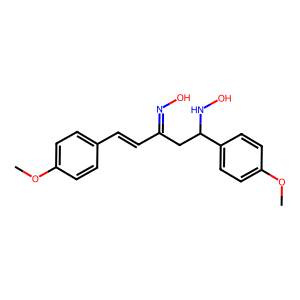
SMILES: COc1ccc(C=CC(CC(NO)c2ccc(OC)cc2)=NO)cc1
Inhibits HIV replication: No